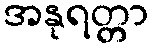
အနုရတ္တာ